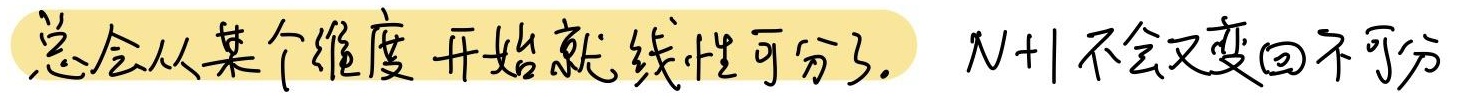
总会从某个维度开始就线性可分了。\(N + 1\)不会又变回不可分